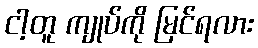
ငါ့တူ ကျုပ်ကို မြင်ရလား